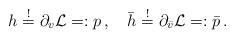
LaTeX: \begin{align*}h \stackrel{!}{=} \partial_v {\cal L}=:p\,,\quad \bar{h} \stackrel{!}{=} \partial_{\bar{v}} {\cal L}=:\bar{p}\,.\end{align*}